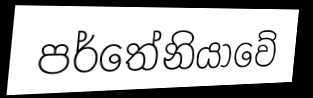
පර්තේනියාවේ